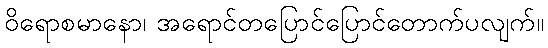
ဝိရောစမာနော၊ အရောင်တပြောင်ပြောင်တောက်ပလျက်။